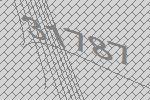
31787